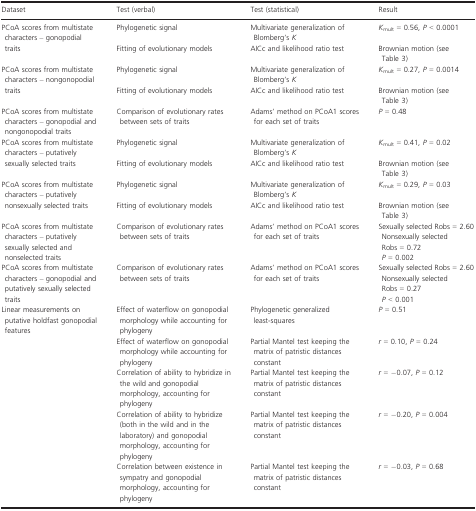
<table><thead><tr><td><b>Dataset</b></td><td><b>Test (verbal)</b></td><td><b>Test (statistical)</b></td><td><b>Result</b></td></tr></thead><tbody><tr><td rowspan="2">PCoA scores from multistate characters – gonopodial traits</td><td>Phylogenetic signal</td><td>Multivariate generalization of Blomberg&#x27;s <i>K</i></td><td><i>K</i><sub>mult</sub> = 0.56, <i>P</i> &lt; 0.0001</td></tr><tr><td>Fitting of evolutionary models</td><td>AICc and likelihood ratio test</td><td>Brownian motion (see Table 3)</td></tr><tr><td rowspan="2">PCoA scores from multistate characters – nongonopodial traits</td><td>Phylogenetic signal</td><td>Multivariate generalization of Blomberg&#x27;s <i>K</i></td><td><i>K</i><sub>mult</sub> = 0.27, <i>P</i> = 0.0014</td></tr><tr><td>Fitting of evolutionary models</td><td>AICc and likelihood ratio test</td><td>Brownian motion (see Table 3)</td></tr><tr><td>PCoA scores from multistate characters – gonopodial and nongonopodial traits</td><td>Comparison of evolutionary rates between sets of traits</td><td>Adams’ method on PCoA1 scores for each set of traits</td><td><i>P</i> = 0.48</td></tr><tr><td rowspan="2">PCoA scores from multistate characters – putatively sexually selected traits</td><td>Phylogenetic signal</td><td>Multivariate generalization of Blomberg&#x27;s <i>K</i></td><td><i>K</i><sub>mult</sub> = 0.41, <i>P</i> = 0.02</td></tr><tr><td>Fitting of evolutionary models</td><td>AICc and likelihood ratio test</td><td>Brownian motion (see Table 3)</td></tr><tr><td rowspan="2">PCoA scores from multistate characters – putatively nonsexually selected traits</td><td>Phylogenetic signal</td><td>Multivariate generalization of Blomberg&#x27;s <i>K</i></td><td><i>K</i><sub>mult</sub> = 0.29, <i>P</i> = 0.03</td></tr><tr><td>Fitting of evolutionary models</td><td>AICc and likelihood ratio test</td><td>Brownian motion (see Table 3)</td></tr><tr><td>PCoA scores from multistate characters – putatively sexually selected and nonselected traits</td><td>Comparison of evolutionary rates between sets of traits</td><td>Adams’ method on PCoA1 scores for each set of traits</td><td>Sexually selected Robs = 2.60Nonsexually selected Robs = 0.72<i>P</i> = 0.002</td></tr><tr><td>PCoA scores from multistate characters – gonopodial and putatively sexually selected traits</td><td>Comparison of evolutionary rates between sets of traits</td><td>Adams’ method on PCoA1 scores for each set of traits</td><td>Sexually selected Robs = 2.60Nonsexually selected Robs = 0.27<i>P</i> &lt; 0.001</td></tr><tr><td rowspan="5">Linear measurements on putative holdfast gonopodial features</td><td>Effect of waterflow on gonopodial morphology while accounting for phylogeny</td><td>Phylogenetic generalized least‐squares</td><td><i>P</i> = 0.51</td></tr><tr><td>Effect of waterflow on gonopodial morphology while accounting for phylogeny</td><td>Partial Mantel test keeping the matrix of patristic distances constant</td><td><i>r</i> = 0.10, <i>P</i> = 0.24</td></tr><tr><td>Correlation of ability to hybridize in the wild and gonopodial morphology, accounting for phylogeny</td><td>Partial Mantel test keeping the matrix of patristic distances constant</td><td><i>r</i> = −0.07, <i>P</i> = 0.12</td></tr><tr><td>Correlation of ability to hybridize (both in the wild and in the laboratory) and gonopodial morphology, accounting for phylogeny</td><td>Partial Mantel test keeping the matrix of patristic distances constant</td><td><i>r</i> = −0.20, <i>P</i> = 0.004</td></tr><tr><td>Correlation between existence in sympatry and gonopodial morphology, accounting for phylogeny</td><td>Partial Mantel test keeping the matrix of patristic distances constant</td><td><i>r</i> = −0.03, <i>P</i> = 0.68</td></tr></tbody></table>